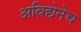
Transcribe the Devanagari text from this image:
अविद्येनेच